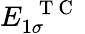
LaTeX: E_{1\sigma}^{\mathrm{~\textbf~{~T~C~}~}}